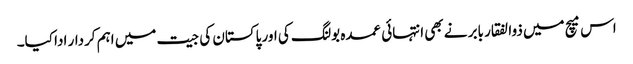
اس میچ میں ذوالفقار بابر نے بھی انتہائی عمدہ بولنگ کی اور پاکستان کی جیت میں اہم کردار ادا کیا۔